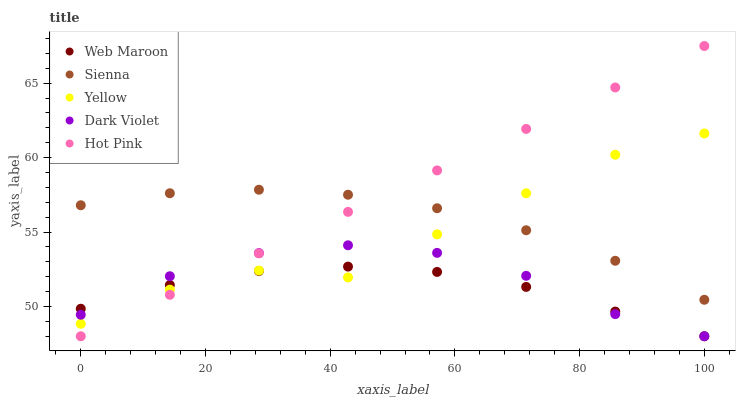
| xaxis_label | Web Maroon | Sienna | Yellow | Dark Violet | Hot Pink |
 | --- | --- | --- | --- | --- | --- |
 | 0 | 49.8 | 56.8 | 48.8 | 49.4 | 48 |
 | 14.3 | 51.4 | 57.6 | 51.1 | 52 | 50.8 |
 | 28.6 | 52.4 | 57.8 | 52.4 | 53.6 | 53.6 |
 | 42.9 | 52.7 | 57.5 | 52 | 54.1 | 56.4 |
 | 57.1 | 52.3 | 56.6 | 54.8 | 53.6 | 59.1 |
 | 71.4 | 51.3 | 55.1 | 57.6 | 52.1 | 61.9 |
 | 85.7 | 49.7 | 53.1 | 60.2 | 49.5 | 64.7 |
 | 100 | 48 | 50.4 | 61.6 | 48 | 67.5 |